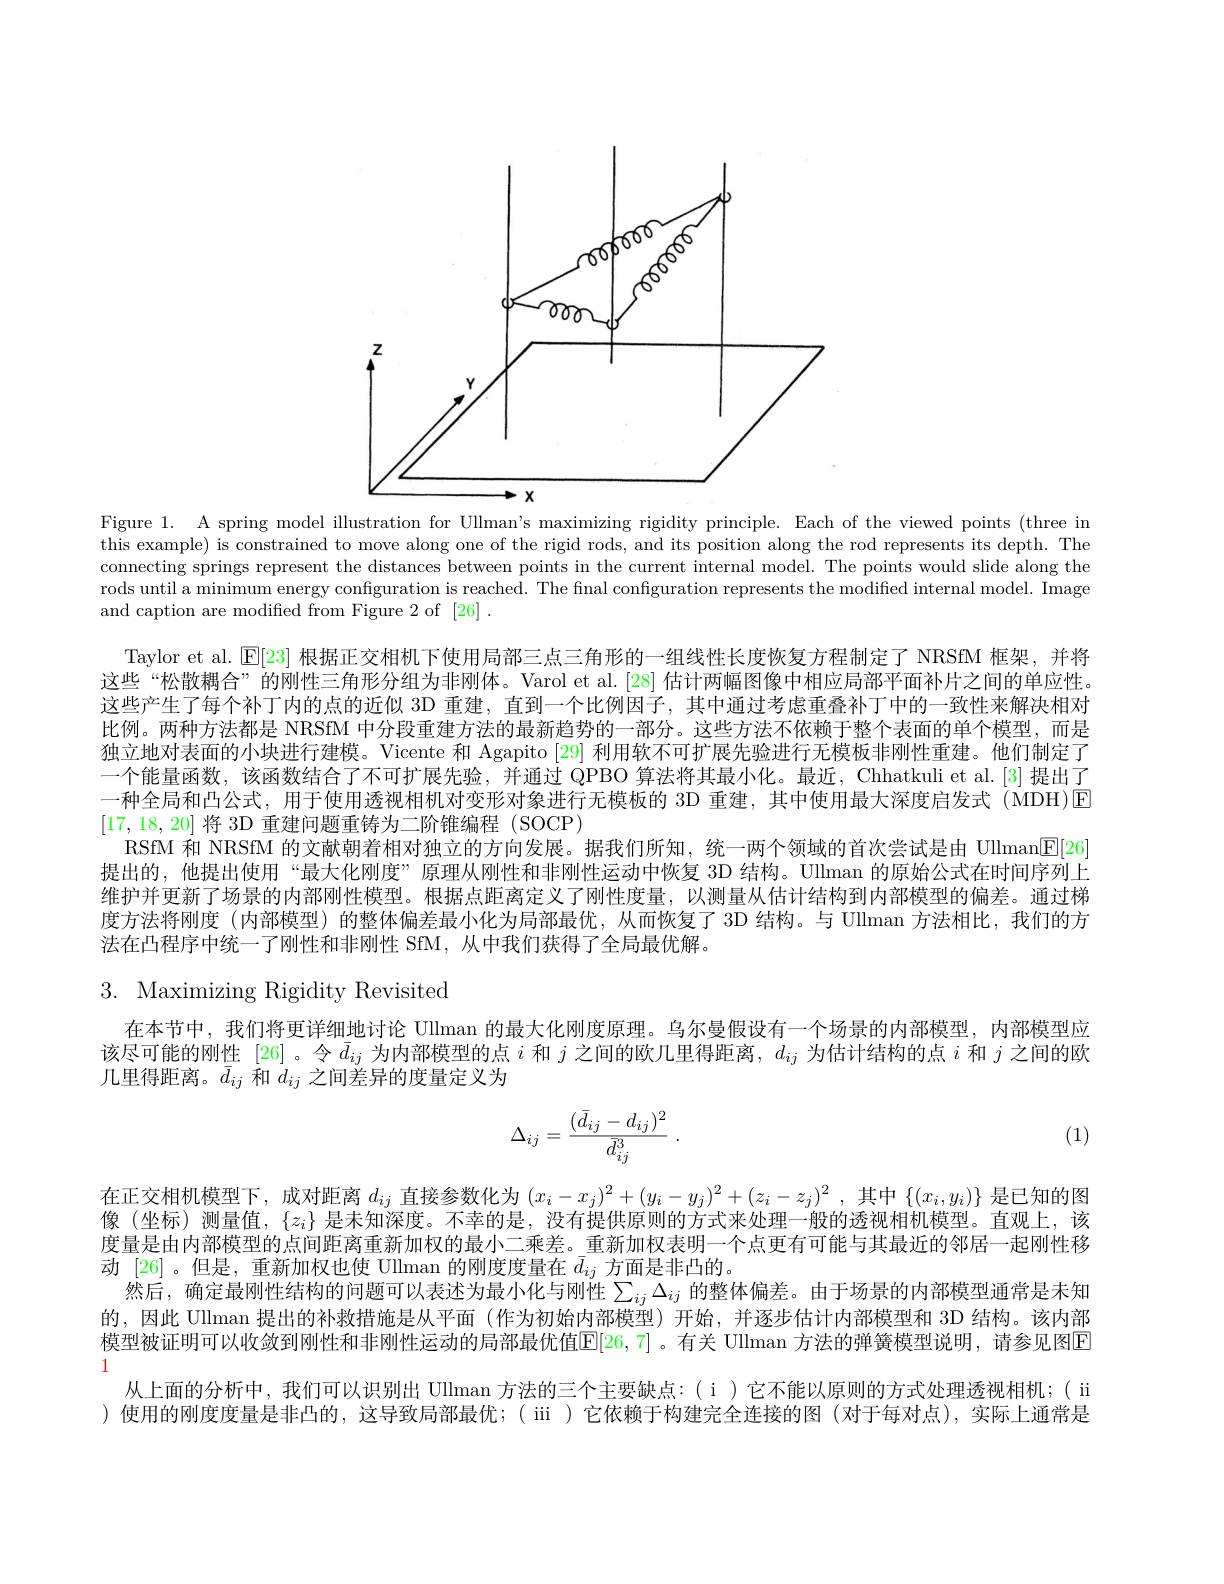
<FigureHere>

Figure 1. A spring model illustration for Ullman's maximizing rigidity principle. Each of the viewed points (three in this example) is constrained to move along one of the rigid rods, and its position along the rod represents its depth. The connecting springs represent the distances between points in the current internal model. The points would slide along the rods until a minimum energy configuration is reached. The final configuration represents the modiffed internal model. Image and caption are modified from Figure 2 of [26] .

Taylor et al. $\operatorname{E}[23]$根据正交相机下使用局部三点三角形的一组线性长度恢复方程制定了 NRSfM 框架，并将这些“松散耦合”的刚性三角形分组为非刚体。Varol et al. [28] 估计两幅图像中相应局部平面补片之间的单应性。这些产生了每个补丁内的点的近似 3D 重建，直到一个比例因子，其中通过考虑重叠补丁中的一致性来解决相对比例。两种方法都是 NRSfM 中分段重建方法的最新趋势的一部分。这些方法不依赖于整个表面的单个模型，而是独立地对表面的小块进行建模。Vicente 和 Agapito [29] 利用软不可扩展先验进行无模板非刚性重建。他们制定了一个能量函数，该函数结合了不可扩展先验，并通过 QPBO 算法将其最小化。最近，Chhatkuli et al.[3] 提出了一种全局和凸公式，用于使用透视相机对变形对象进行无模板的 3D 重建，其中使用最大深度启发式 (MDH)▣ [17,18,20]将 3D 重建问题重铸为二阶锥编程 (SOCP)
RSfM 和 NRSfM 的文献朝着相对独立的方向发展。据我们所知，统一两个领域的首次尝试是由 Ulman$\underline{\mathrm{E}}[26]$ 提出的，他提出使用“最大化刚度”原理从刚性和非刚性运动中恢复 3D 结构。Ullman 的原始公式在时间序列上维护并更新了场景的内部刚性模型。根据点距离定义了刚性度量，以测量从估计结构到内部模型的偏差。通过梯度方法将刚度 (内部模型)的整体偏差最小化为局部最优，从而恢复了 3D 结构。与 Ullman 方法相比，我们的方法在凸程序中统一了刚性和非刚性 SfM,从中我们获得了全局最优解。

# 3. Maximizing Rigidity Revisited

在本节中，我们将更详细地讨论 Ullman 的最大化刚度原理。乌尔曼假设有一个场景的内部模型，内部模型应该尽可能的刚性 [26]。令$\bar{d}_{ij}$为内部模型的点$i$和$j$之间的欧几里得距离，$d_ij$为估计结构的点$i$和$j$之间的欧几里得距离。$\bar{d}_{ij}$和$d_{ij}$之间差异的度量定义为
$$\Delta_{ij}=\frac{(\bar d_{ij}-d_{ij})^2}{\bar d_{ij}^3}\:.$$
(1)

在正交相机模型下，成对距离$d_ij$直接参数化为$(x_i-x_j)^2+(y_i-y_j)^2+(z_i-z_j)^2$ ,其中$\{(x_i,y_i)\}$是已知的图像 (坐标) 测量值，$\{z_i\}$是未知深度。不幸的是，没有提供原则的方式来处理一般的透视相机模型。直观上，该度量是由内部模型的点间距离重新加权的最小二乘差。重新加权表明一个点更有可能与其最近的邻居一起刚性移动[26] 。但是，重新加权也使 Ullman 的刚度度量在$\bar{d}_{ij}$方面是非凸的。
然后，确定最刚性结构的问题可以表述为最小化与刚性$\sum_{ij}\Delta_{ij}$ 的整体偏差。由于场景的内部模型通常是未知的，因此 Ullman 提出的补救措施是从平面 (作为初始内部模型)开始，并逐步估计内部模型和 3D 结构。该内部模型被证明可以收敛到刚性和非刚性运动的局部最优值E[26,7]。有关 Ullman 方法的弹簧模型说明，请参见图E 1
从上面的分析中，我们可以识别出 Ullman 方法的三个主要缺点：(i)它不能以原则的方式处理透视相机；( ii )使用的刚度度量是非凸的，这导致局部最优；( ii )它依赖于构建完全连接的图(对于每对点),实际上通常是